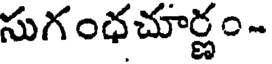
సుగంధచూర్ణం -